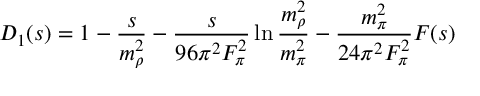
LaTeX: D _ { 1 } ( s ) = 1 - { \frac { s } { m _ { \rho } ^ { 2 } } } - { \frac { s } { 9 6 \pi ^ { 2 } F _ { \pi } ^ { 2 } } } \ln { \frac { m _ { \rho } ^ { 2 } } { m _ { \pi } ^ { 2 } } } - { \frac { m _ { \pi } ^ { 2 } } { 2 4 \pi ^ { 2 } F _ { \pi } ^ { 2 } } } F ( s )